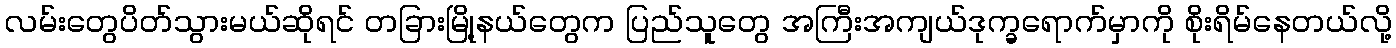
လမ်းတွေပိတ်သွားမယ်ဆိုရင် တခြားမြို့နယ်တွေက ပြည်သူတွေ အကြီးအကျယ်ဒုက္ခရောက်မှာကို စိုးရိမ်နေတယ်လို့